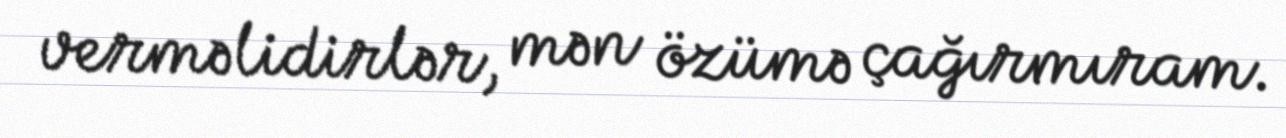
verməlidirlər, mən özümə çağırmıram.